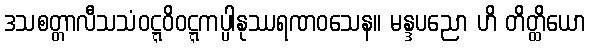
ဒသစတ္တာလီသသံဝဋ္ဋဝိဝဋ္ဋကပ္ပါနုဿရဏဝသေန။ မန္ဒပညော ဟိ တိတ္ထိယော